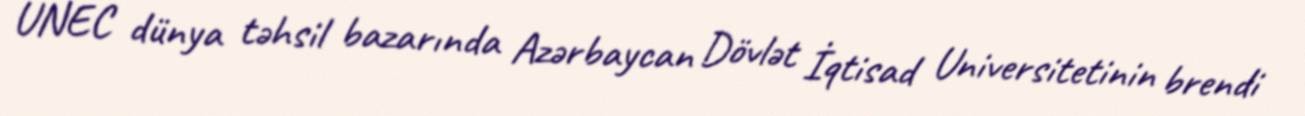
UNEC dünya təhsil bazarında Azərbaycan Dövlət İqtisad Universitetinin brendi